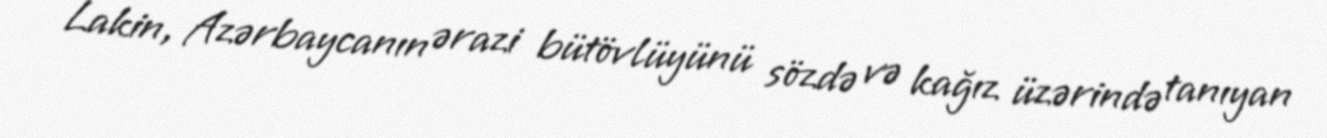
Lakin, Azərbaycanın ərazi bütövlüyünü sözdə və kağız üzərində tanıyan